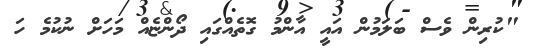
"ކުރިން ވެސް ބަލަމުން އައީ އާންމު ގޮތެއްގައި ދޯންޏެއް މަހަށް ނުކުމެ ހަ